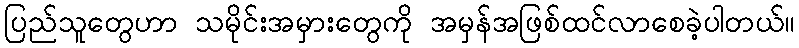
ပြည်သူတွေဟာ သမိုင်းအမှားတွေကို အမှန်အဖြစ်ထင်လာစေခဲ့ပါတယ်။